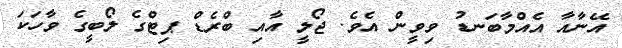
އޭނާއާ އެއްމާބަނޑު ވިވީން އެވެ. ޖޯލީ އާއި ބްރެޑް ޕިޓްގެ ލޯބީގެ ވާހަކަ